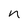
Character: n